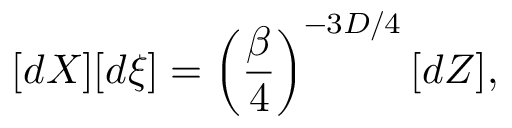
[ d X ] [ d \xi ] = \left( \frac { \beta } { 4 } \right) ^ { - 3 D / 4 } [ d Z ] ,